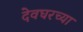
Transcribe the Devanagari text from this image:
देवघरच्या